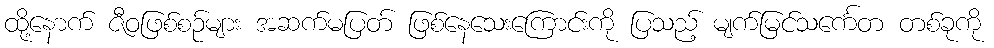
ထို့နောက် ဇီဝဖြစ်စဉ်များ အဆက်မပြတ် ဖြစ်နေသေးကြောင်းကို ပြသည့် မျက်မြင်သင်္ကေတ တစ်ခုကို